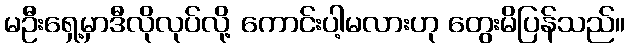
မဦးရှေ့မှာဒီလိုလုပ်လို့ ကောင်းပါ့မလားဟု တွေးမိပြန်သည်။